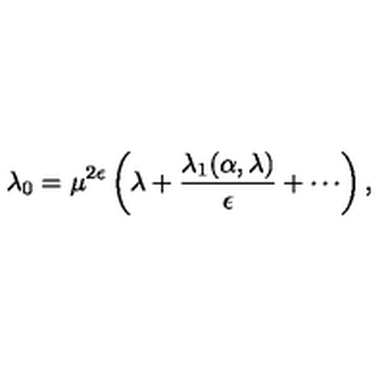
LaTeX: \lambda _ { 0 } = \mu ^ { 2 \epsilon } \left( \lambda + \frac { \lambda _ { 1 } ( \alpha , \lambda ) } { \epsilon } + \cdots \right) ,